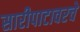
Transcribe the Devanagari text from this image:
सारीपाटावरचे